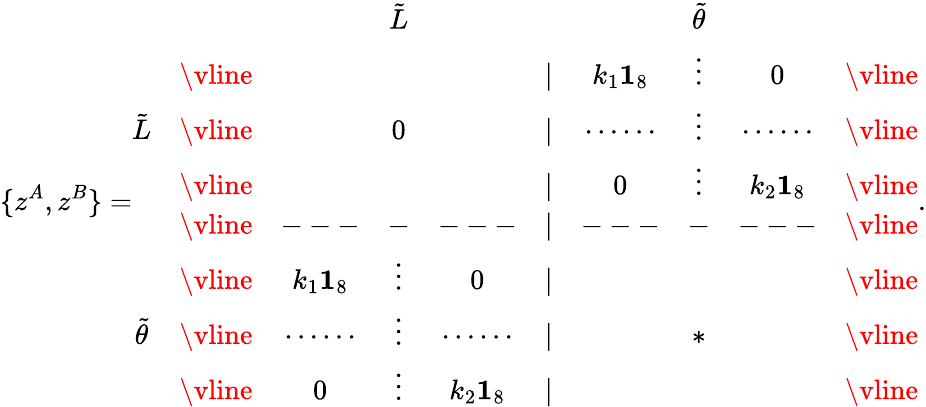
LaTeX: \{ z^{A},z^{B}\} =\begin{array}{cccccccccc}{{}}&{{}}&{{}}&{{\tilde{L}}}&{{}}&{{}}&{{}}&{{\tilde{\theta}}}\\ {{}}&{{\vline}}&{{}}&{{}}&{{}}&{{|}}&{{k_{1}{\mathbf 1}_{8}}}&{{\vdots}}&{{0}}&{{\vline}}\\ {{\tilde{L}}}&{{\vline}}&{{}}&{{0}}&{{}}&{{|}}&{{\cdots\cdots}}&{{\vdots}}&{{\cdots\cdots}}&{{\vline}}\\ {{}}&{{\vline}}&{{}}&{{}}&{{}}&{{|}}&{{0}}&{{\vdots}}&{{k_{2}{\mathbf 1}_{8}}}&{{\vline}}\\ {{}}&{{\vline}}&{{---}}&{{-}}&{{---}}&{{|}}&{{---}}&{{-}}&{{---}}&{{\vline}}\\ {{}}&{{\vline}}&{{k_{1}{\mathbf 1}_{8}}}&{{\vdots}}&{{0}}&{{|}}&{{}}&{{}}&{{}}&{{\vline}}\\ {{\tilde{\theta}}}&{{\vline}}&{{\cdots\cdots}}&{{\vdots}}&{{\cdots\cdots}}&{{|}}&{{}}&{{*}}&{{}}&{{\vline}}\\ {{}}&{{\vline}}&{{0}}&{{\vdots}}&{{k_{2}{\mathbf 1}_{8}}}&{{|}}&{{}}&{{}}&{{}}&{{\vline}}\end{array}.